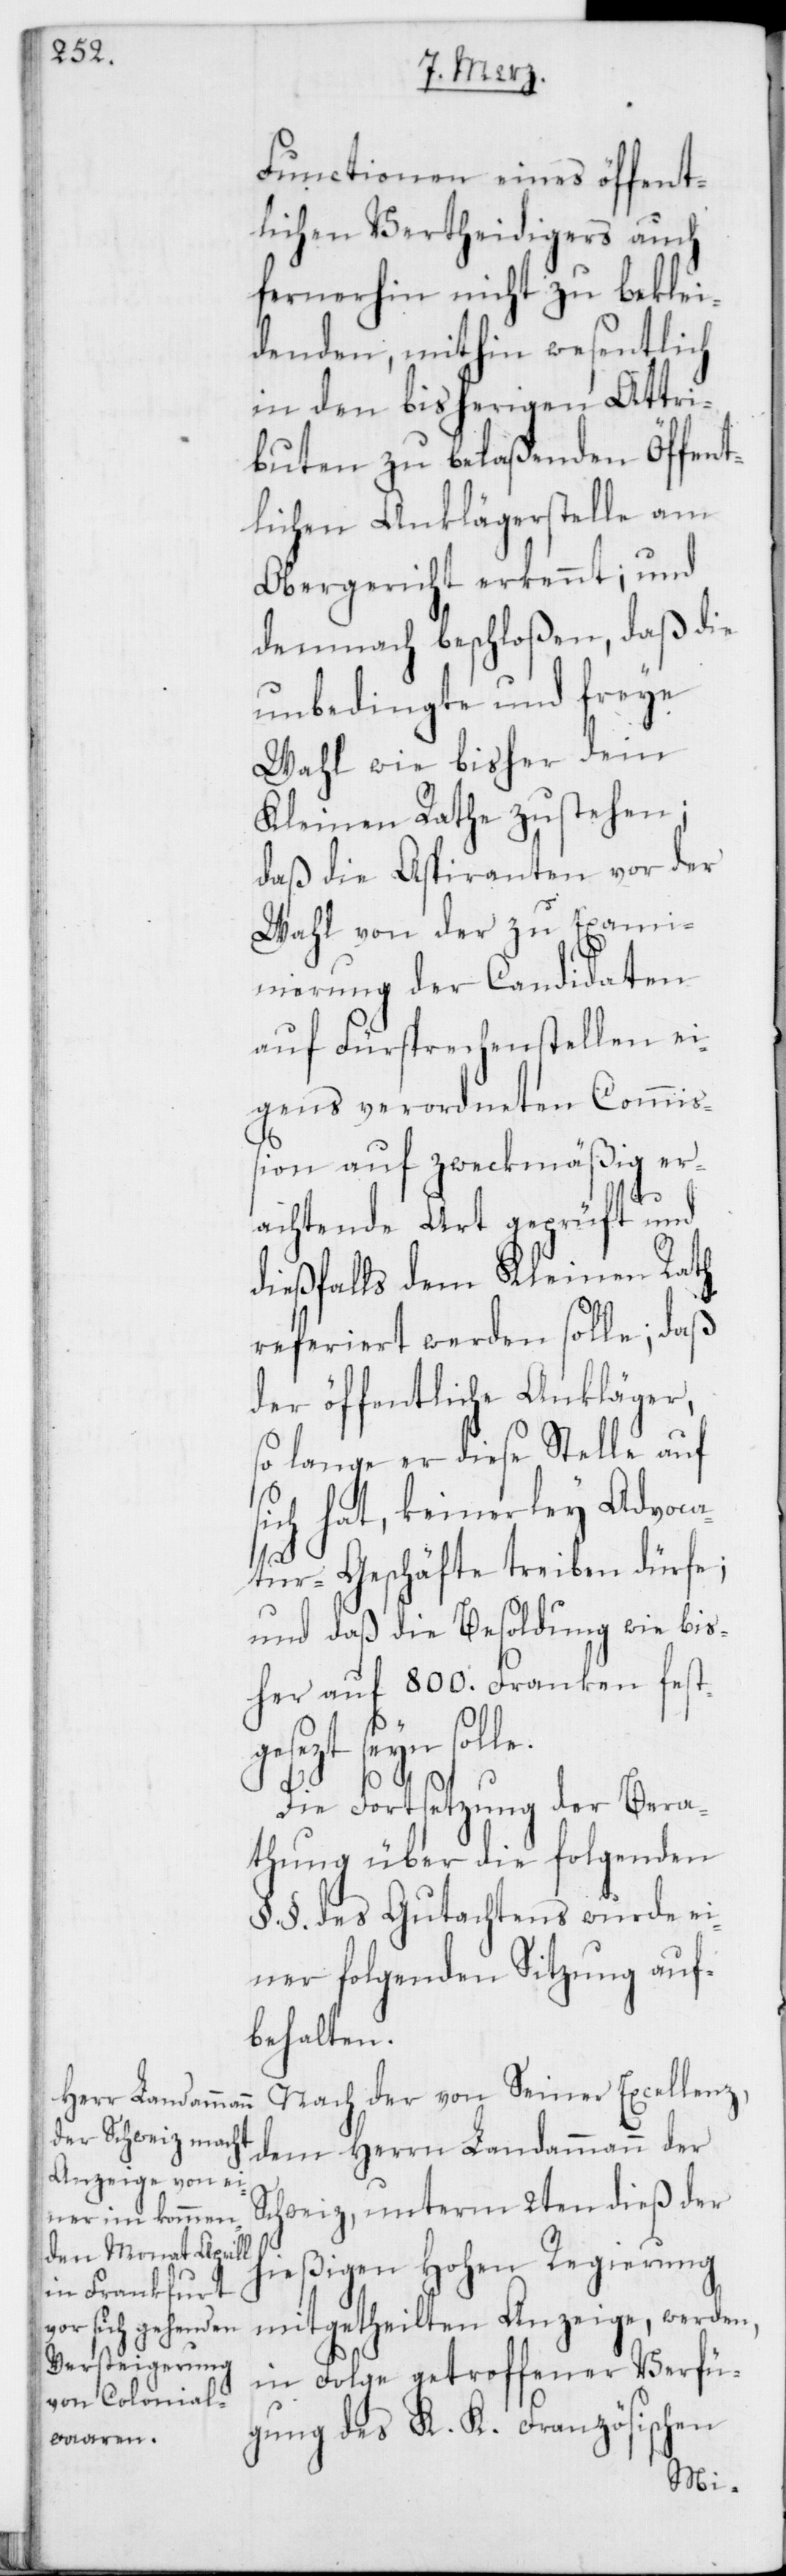
Functionen eines öffent¬
lichen Vertheidigers auch
fernerhin nicht zu beklei¬
denden, mithin wesentlich
in den bisherigen Attri¬
buten zu belaßenden Öffent¬
lichen Anklägerstelle am
Obergericht erkennt; und
demnach beschloßen, daß die
unbedingte und freye
Wahl wie bisher dem
Kleinen Rathe zustehen;
daß die Aspiranten vor der
Wahl von der zu Exam¬
inierung der Candidaten
auf Fürsprechenstellen ei¬
gens verordneten Commiß¬
ion auf zweckmäßig er¬
e.
achtende Art geprüft und
dießfalls dem Kleinen Rath
referiert werden solle; daß
der öffentliche Ankläger,
so lange er diese Stelle auf
sich hat, keinerley Advoca¬
tur-Geschäfte treiben dürfe;
und daß die Besoldung wie bis¬
her auf 800. Franken festg¬
esezt seyn soll¬
Die Fortsetzung der Bera¬
thung über die folgenden
§.§. des Gutachtens wurde ei¬
ner folgenden Sitzung auf¬
behalten.
Nach der von Seiner Excellenz,
dem Herrn Landammann der
Schweiz, unterm 2ten dieß der
hießigen Hohen Regierung
mitgetheilten Anzeige, werden,
in Folge getroffener Verfü¬
gung des K. K. Französischen